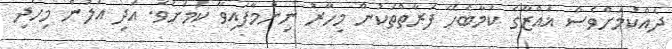
ދެއްކުމަށްވެސް ޣައްޒާގެ ކަމާބެހޭ ފަރާތްތަކުން މިހާރު ނިންމާފައިވާ ކަމަށެވެ. އަދި އަލުން މިހެދި